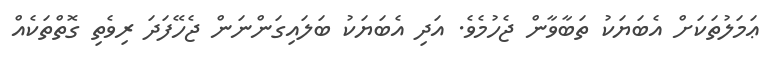
ޢަމަލުތަކަށް އެބަޔަކު ތަބާވާން ޖެހުމެވެ. އަދި އެބަޔަކު ބަލައިގަންނަން ޖެހޭފަދަ ރިވެތި ގޮތްތަކެއް